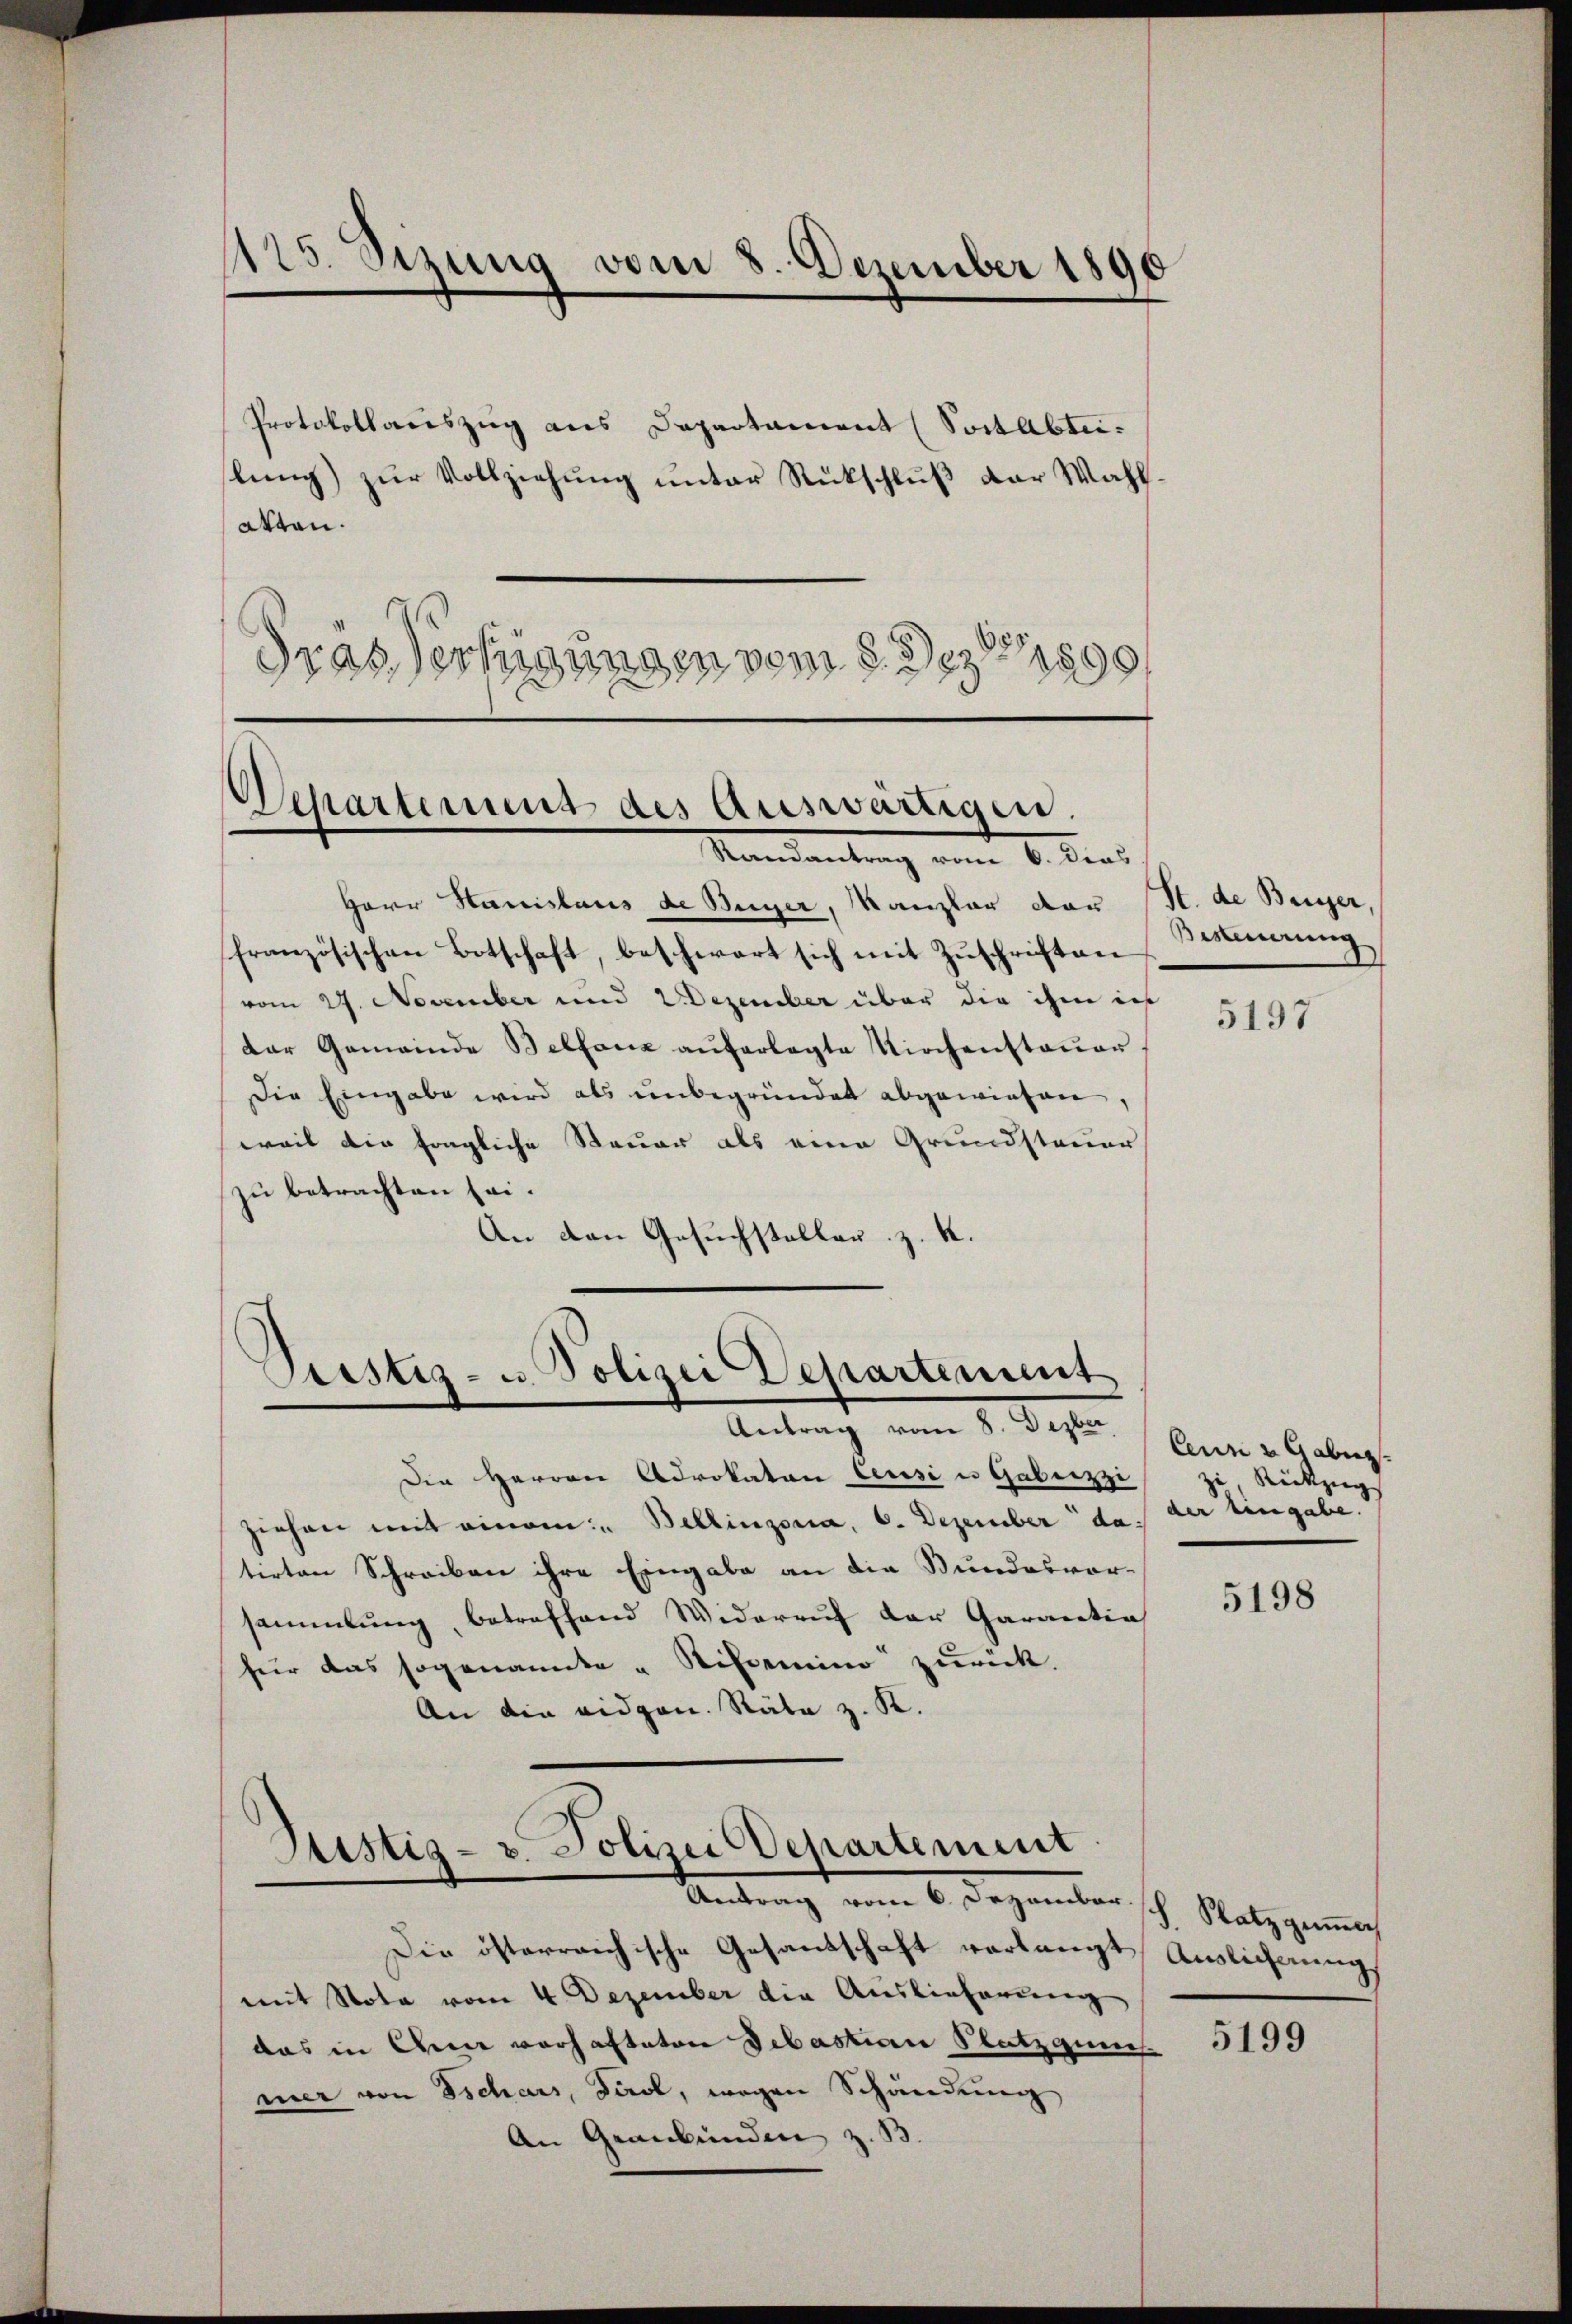
125. Setzung vom 8. Dezember 1890

atten.
drassertigungen vom 8. Dez. 1890

Herr Hanislaus de Beger, Kanzlar dar
französischen Botschaft, beschwart sich mit Zuschriften
vom 27. November und 2 Dezember über die ihm ich
Dar Gemeinde Belfanz aŭferlegte Kirchensteŭer.
Die Eingabe wird als unbegründet abgewiesen,
weil die fragliche Steuer als eine Grundsteuer
zu betrachten sei.
An den Gesuchsteller z. K.

Protokollauszug aus Departament (Sontabtei
lung) zur Vollziehung unter Rückschluß der Wahl¬

Departement des Auswärtigen.
Mandantung vom 6. dies

Prestiz- u. Polizei Departement
Antrag vom 8. Dezber

Die Herren Advokaten Censi u Gabuzzi
ziehen mit einem Bellinzona, 6. Dezember da
tirten Schreiben ihre Eingabe an die Bundesvor-
sammlung, betreffend Widerruf der Garantia
für das sogenannte „Stisemino zurück.
An die eidgen. Räte z. K.

Justiz- & Polizei Departement
Antrag vom 6. Dezember sich. Satz gemach

Die österreichische Gesandschaft verlangt Auslichnung
mit Nota vom 4. Dezember die Auslieferung
das in Chemie vorhafteten Debastian Platzgunn
mer von Tschars, Tirol, wegen Schändung
An Graubünden z. B.

st. de Berger,
sierung

5197

Ceun 2 Gaberg
zi Rückzug
der Eingabe.

5198

5199